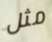
مثل